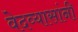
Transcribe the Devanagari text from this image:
वेदव्यासांनी